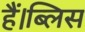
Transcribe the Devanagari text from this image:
हैं।ब्लिस